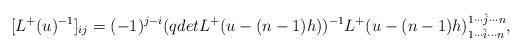
LaTeX: \begin{align*}[L^{+}(u)^{-1}]_{ij}=(-1)^{j-i}(qdetL^{+}(u-(n-1)h))^{-1}L^{+}(u-(n-1)h)_{1\cdots\hat{i}\cdots n}^{1\cdots \hat{j}\cdots n},\end{align*}